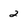
Character: 2